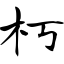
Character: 朽